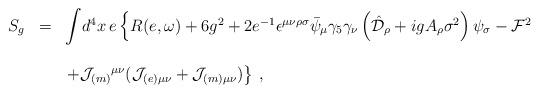
LaTeX: \begin{align*}\begin{array}{rcl}S_{g} & = & {\displaystyle\int} d^{4}x\, e \left\{ R(e,\omega) +6g^{2}+2 e^{-1}\epsilon^{\mu\nu\rho\sigma}\bar{\psi}_{\mu}\gamma_{5}\gamma_{\nu}\left(\hat{\cal D}_{\rho}+ig A_{\rho}\sigma^{2}\right)\psi_{\sigma}-{\cal F}^{2} \right.\\& & \\& & \left. +{\cal J}_{(m)}{}^{\mu\nu}({\cal J}_{(e) \mu\nu} +{\cal J}_{(m) \mu\nu}) \right\}\, ,\end{array}\end{align*}